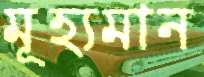
মূহ্যমান